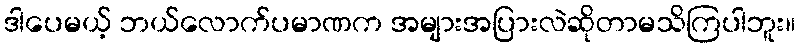
ဒါပေမယ့် ဘယ်လောက်ပမာဏက အများအပြားလဲဆိုတာမသိကြပါဘူး။